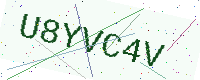
Text: U8YVC4V